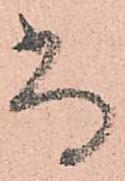
尚